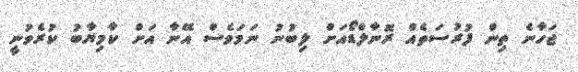
ޖަހާނެ ތިން ފުރުސަތެއް ރޮނާލްޑޯއަށް ލިބުނު ނަމަވެސް އޭނާ އަށް ކާމިޔާބު ކުރެވުނީ